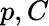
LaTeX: p,C